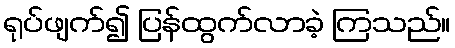
ရုပ်ဖျက်၍ ပြန်ထွက်လာခဲ့ ကြသည်။